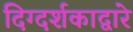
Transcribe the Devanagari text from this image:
दिग्दर्शकाद्वारे